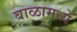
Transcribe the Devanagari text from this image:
बाळामध्ये